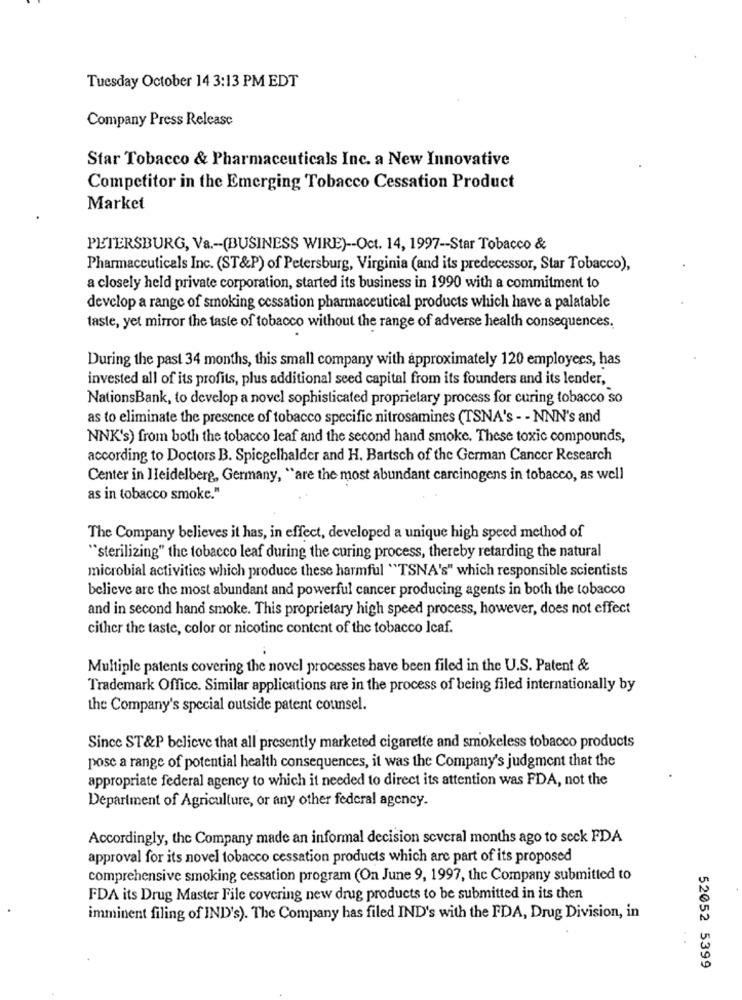
Tuesday October 14 3:13 PM EDT
Company Press Release
Star Tobacco & Pharmaceuticals Inc. a New Innovative
Competitor in the Emerging Tobacco Cessation Product
Market
PETERSBURG, Va .- (BUSINESS WIRE) -- Oct. 14, 1997 -- Star Tobacco &
Pharmaceuticals Inc. (ST&P) of Petersburg, Virginia (and its predecessor, Star Tobacco),
a closely held private corporation, started its business in 1990 with a commitment to
develop a range of smoking cessation pharmaceutical products which have a palatable
taste, yet mirror the taste of tobacco without the range of adverse health consequences.
During the past 34 months, this small company with approximately 120 employees, has
invested all of its profits, plus additional seed capital from its founders and its lender,
NationsBank, to develop a novel sophisticated proprietary process for curing tobacco so
as to eliminate the presence of tobacco specific nitrosamines (TSNA's - - NNN's and
NNK's) from both the tobacco leaf and the second hand smoke. These toxic compounds,
according to Doctors B. Spiegelhalder and H. Bartsch of the German Cancer Research
Center in Heidelberg, Germany, "are the most abundant carcinogens in tobacco, as well
as in tobacco smoke."
The Company believes it has, in effect, developed a unique high speed method of
"sterilizing" the tobacco leaf during the curing process, thereby retarding the natural
microbial activities which produce these harmful "TSNA's" which responsible scientists
believe are the most abundant and powerful cancer producing agents in both the tobacco
and in second hand smoke. This proprietary high speed process, however, does not effect
cither the taste, color or nicotine content of the tobacco Icaf.
Multiple patents covering the novel processes have been filed in the U.S. Patent &
Trademark Office. Similar applications are in the process of being filed internationally by
the Company's special outside patent counsel.
Since ST&P believe that all presently marketed cigarette and smokeless tobacco products
pose a range of potential health consequences, it was the Company's judgment that the
appropriate federal agency to which it needed to direct its attention was FDA, not the
Department of Agriculture, or any other federal agency.
Accordingly, the Company made an informal decision several months ago to seek FDA
approval for its novel tobacco cessation products which are part of its proposed
comprehensive smoking cessation program (On June 9, 1997, the Company submitted to
FDA its Drug Master File covering new drug products to be submitted in its then
imminent filing of IND's). The Company has filed IND's with the FDA, Drug Division, in
..
52052 5399